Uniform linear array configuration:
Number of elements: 12
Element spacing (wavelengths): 1
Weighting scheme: cosine
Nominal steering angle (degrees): -15
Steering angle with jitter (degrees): -13.552
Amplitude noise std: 0.05
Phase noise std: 0.05

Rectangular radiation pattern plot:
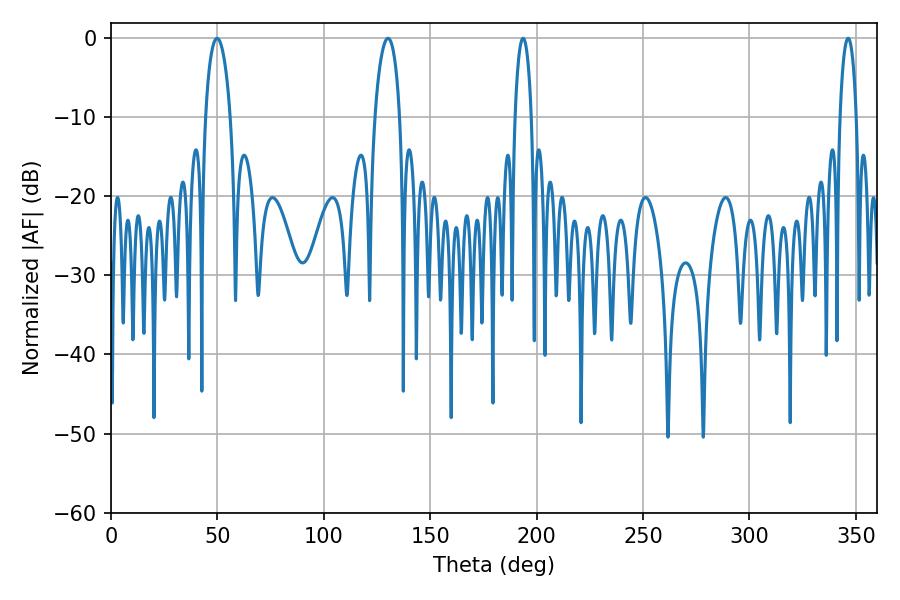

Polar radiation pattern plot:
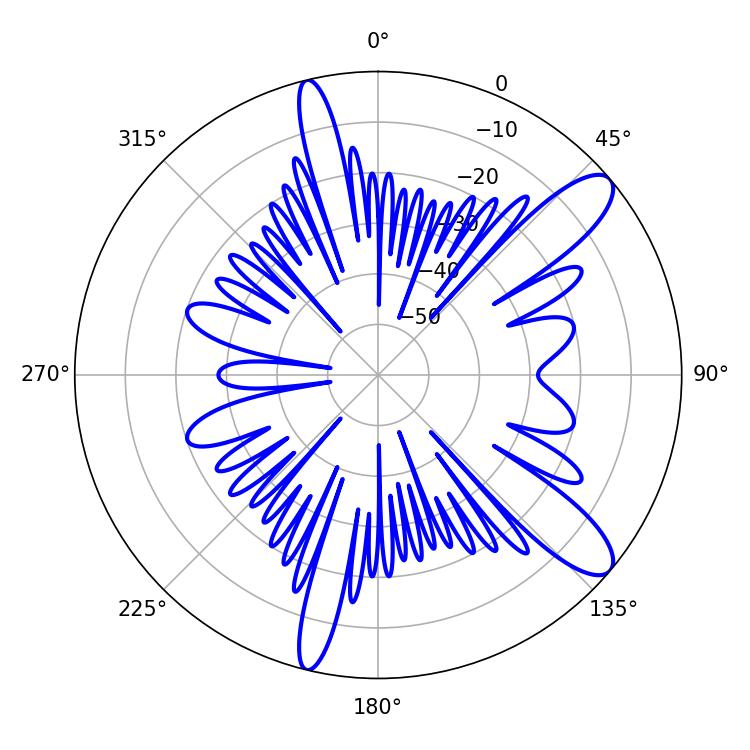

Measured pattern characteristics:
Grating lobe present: TRUE
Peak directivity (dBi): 11.104
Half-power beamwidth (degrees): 6.66
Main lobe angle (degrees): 49.86